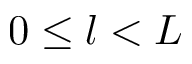
0 \leq l < L